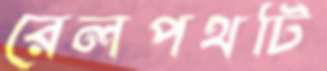
রেলপথটি